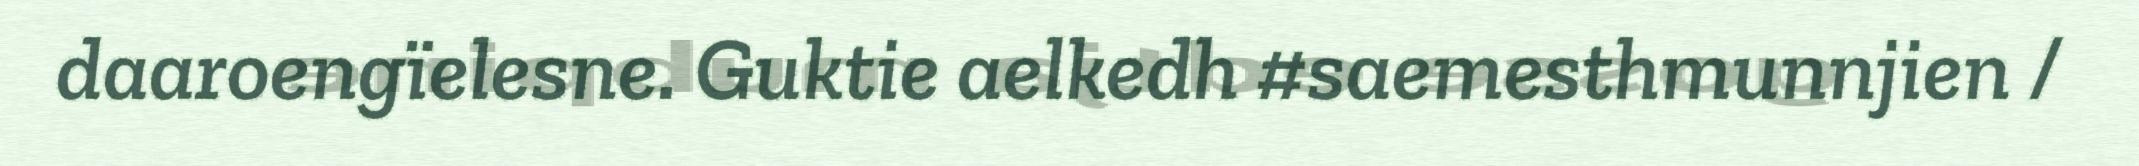
daaroengïelesne. Guktie aelkedh #saemesthmunnjien /